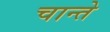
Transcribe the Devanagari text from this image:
चान्ते